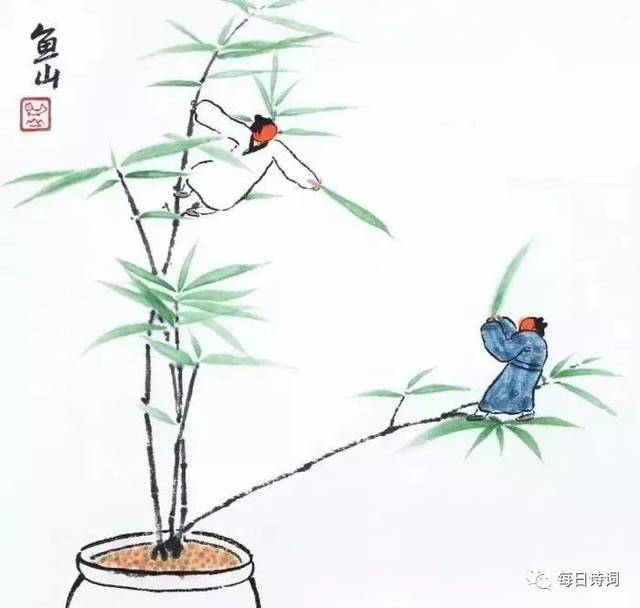
聚散匆匆，云边孤雁，水上浮萍。